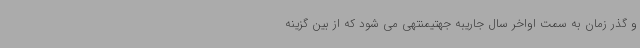
و گذر زمان به سمت اواخر سال جاریبه جهتیمنتهی می شود که از بین گزینه